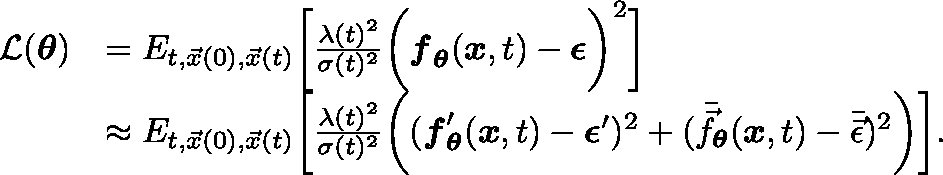
\begin{array} { r l } { \mathcal { L } ( \mathbf { \boldsymbol { \theta } } ) } & { = \mathbb { E } _ { t , \vec { x } ( 0 ) , \vec { x } ( t ) } \bigg [ \frac { \lambda ( t ) ^ { 2 } } { \sigma ( t ) ^ { 2 } } \bigg ( \mathbf { \boldsymbol { f } } _ { \mathbf { \boldsymbol { \theta } } } ( \mathbf { \boldsymbol { x } } , t ) - \mathbf { \boldsymbol { \epsilon } } \bigg ) ^ { 2 } \bigg ] } \\ & { \approx \mathbb { E } _ { t , \vec { x } ( 0 ) , \vec { x } ( t ) } \bigg [ \frac { \lambda ( t ) ^ { 2 } } { \sigma ( t ) ^ { 2 } } \bigg ( ( \mathbf { \boldsymbol { f } } _ { \mathbf { \boldsymbol { \theta } } } ^ { \prime } ( \mathbf { \boldsymbol { x } } , t ) - \mathbf { \boldsymbol { \epsilon } } ^ { \prime } ) ^ { 2 } + ( \bar { \vec { f } } _ { \mathbf { \boldsymbol { \theta } } } ( \mathbf { \boldsymbol { x } } , t ) - \bar { \vec { \epsilon } } ) ^ { 2 } \bigg ) \bigg ] . } \end{array}